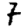
Digit: 7